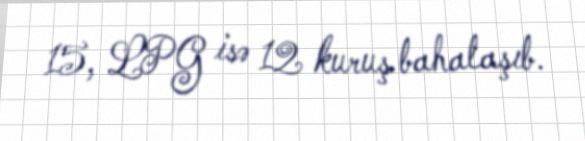
15, LPG isə 12 kuruş bahalaşıb.